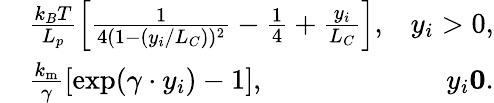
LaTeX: \begin{array}{rlr}&{\frac{k_{B}T}{L_{p}}\left[\frac{1}{4(1-(y_{i}/L_{C}))^{2}}-\frac{1}{4}+\frac{y_{i}}{L_{C}}\right],}&{y_{i}>0,}\\ &{\frac{k_{\mathrm{m}}}{\gamma}[\exp(\gamma\cdot y_{i})-1],}&{y_{i}\le 0.}\end{array}